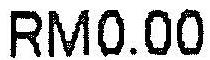
RM0.00